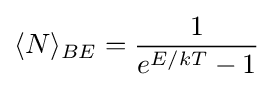
\langle N\rangle _{BE}={1 \over e^{E/kT}-1}